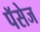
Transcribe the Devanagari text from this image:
पॅसेज